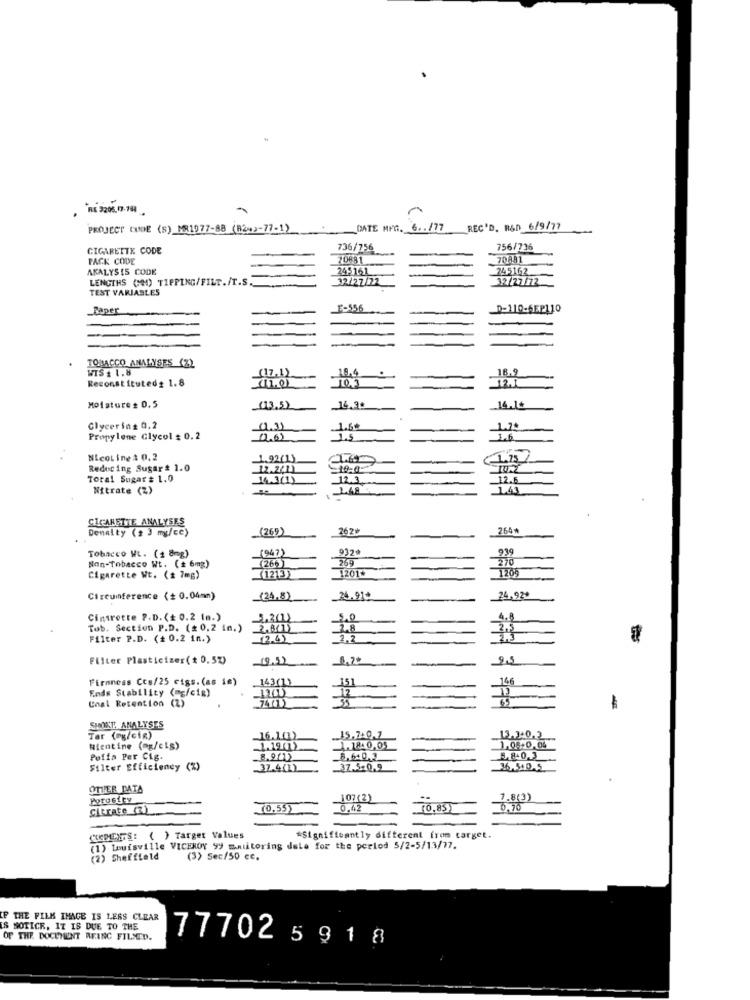
RE 3208. 17-144.
PROJECT CODE (S) MR1977-88 (824>-77-1)
DATE MFG.
6 .. /77
REC'D. R&D 6/9/77
CIGARETTE CODE
736/756
756/736
PACK CODE
20881
70891
ANALYSIS CODE
245161
245162
LENGTHS (0) TIPPING/FILT./T.S.
32/27/72
32/27/72
TEST VARIABLES
Taper
D-110-6EP110
TOBACCO ANALYSES (2)
WIS $ 1.8
(17,1)
19.4
18.9
Reconstituted# 1.8
10,3
Moisture # 0.5
(13,5)
16.30
14.1+
Glycerin g 0.2
1.60
1.74
Propylene Glycol $ 0.2
1.5
NicoLing# 0.2
1.92(1)
Reducing Sugar # 1.0
Total Sugar # 1.0
14.3(1)
12.3
12.5
Nitrate (2)
.1.43
CIGARETTE ANALYSES
Denalty (2 3 mg/cc)
(269)
262⑈
265*
(947)
939
Tobacco Mt. (1 8mg)
269
270
Non-Tobacco Wt. (+ 6mg)
(262)
(1213)
Cigarette Wt. (2 7mg)
1201*
Circumference (+ 0.04mm)
(24,8)
_24.91¢
24,92+
Cintrette P.D. (+ 0.2 In.)
5.201)
5.0
Tob. Section P.D. (# 0.2 in.)
2.8
2,5
Filter P.D. (+ 0.2 in.)
17.62
1.2
Filter Plasticizer ( * 0.5%)
19.12
Firmness Ccs/25 cigs. (as im)
143(1)
146
Ends Stability (mg/cig)
Coal Retention (2)
12
-
SMOKE ANALYSES
Tar (og/cin)
16.1(1)
13.3.0.2
Nientine (@g/cis)
1.19(1)
1.18-0,05
1.06+0,04
Puffa Per Cig
8.9212
8,640,3
5. 8+0,3
Filter Efficiency (%)
37.4(1)
-37.540,9
36.540.5
OTHER DATA
Porosity
107(2)
1.8(3)
Citrate (2)
(0.55)
0.42
(0,85)
0.70
CEDIENTS: ( ) Target Values
*Significantly different from target.
(1) Louisville VICEROY 99 malitoring dele for the period 5/2-5/13/77.
(2) Sheffield
(3) Sec/50 ce.
THE FILM IMAGE IS LESS CLEAR
IS SOTICE, IT IS DUE TO THE
OF THE DOCUMENT REINC FILSED.
77702 5 918